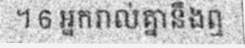
។ 6 អ្នករាល់គ្នានឹងឮ